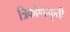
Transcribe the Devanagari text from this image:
त्रिकोणाकृती